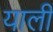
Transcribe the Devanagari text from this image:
याली